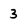
Character: 3